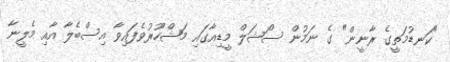
"ކަނޑުމަތީގެ ރާނީން" ގެ ނަމުން ސޯޝަލް މީޑިއާގައި މަޝްހޫރުވެފައިވާ އިސްބެލާ އާއި މެލީނާ